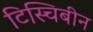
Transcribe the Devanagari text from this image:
टिस्चिबीन